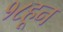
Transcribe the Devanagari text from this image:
१८हून